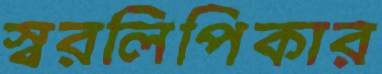
স্বরলিপিকার